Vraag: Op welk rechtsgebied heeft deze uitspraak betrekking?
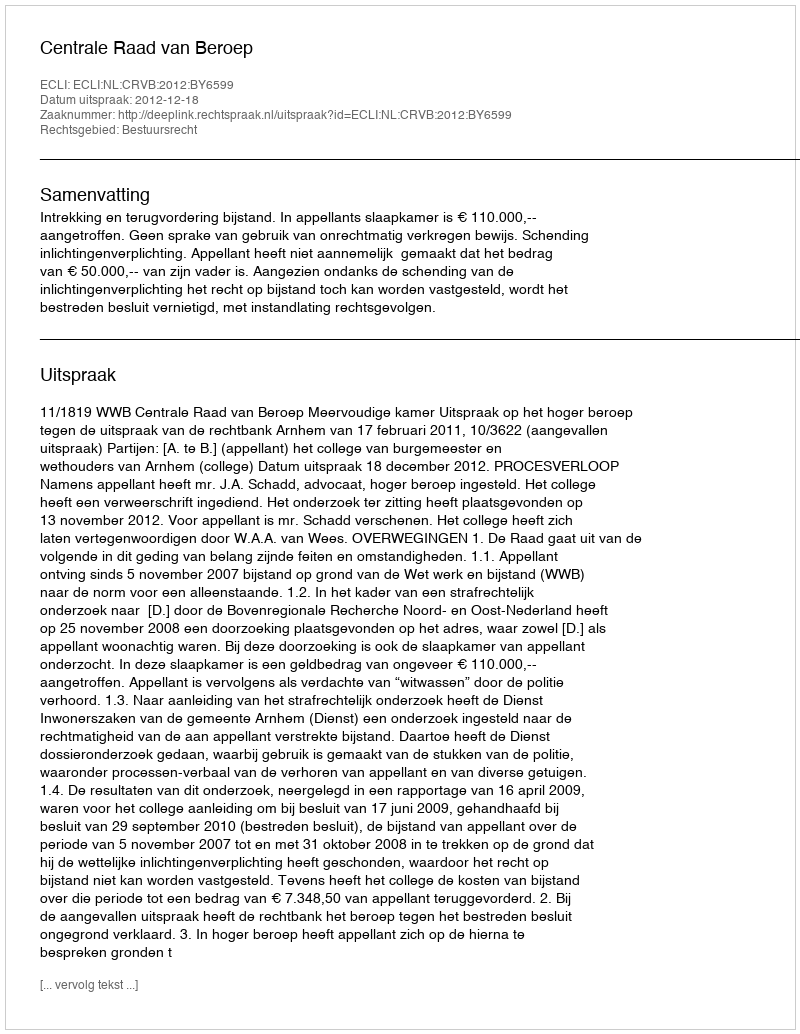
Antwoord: Bestuursrecht